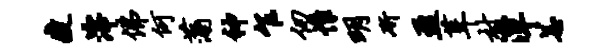
瘦滓佛何蒲神乍仞帷明斫盈葺村潭恙